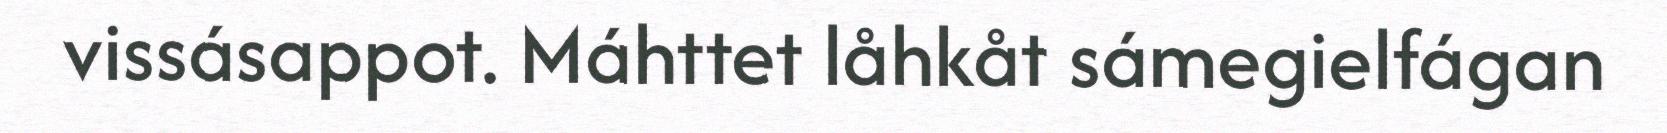
vissásappot. Máhttet låhkåt sámegielfágan